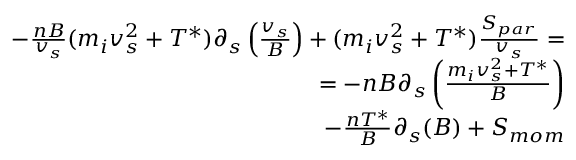
\begin{array} { r } { - \frac { n B } { v _ { s } } ( m _ { i } v _ { s } ^ { 2 } + T ^ { * } ) \partial _ { s } \left( \frac { v _ { s } } { B } \right) + ( m _ { i } v _ { s } ^ { 2 } + T ^ { * } ) \frac { S _ { p a r } } { v _ { s } } = } \\ { = - n B \partial _ { s } \left( \frac { m _ { i } v _ { s } ^ { 2 } + T ^ { * } } { B } \right) } \\ { ~ ~ ~ - \frac { n T ^ { * } } { B } \partial _ { s } ( B ) + S _ { m o m } } \end{array}